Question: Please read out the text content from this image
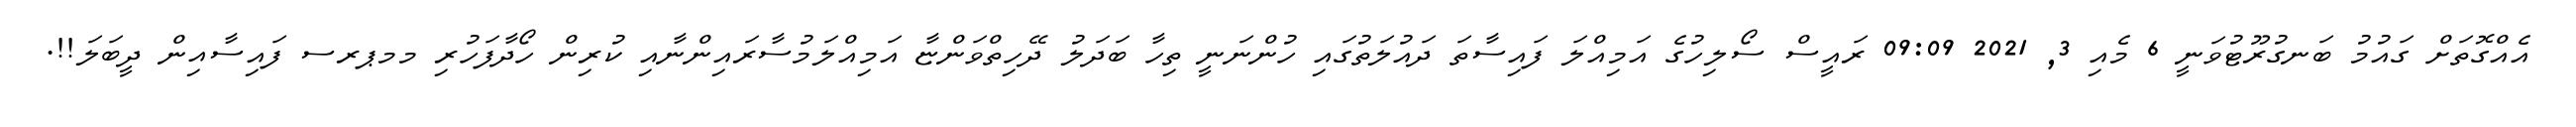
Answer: އެއްގޮތަށް ގައުމު ބަނގުރޫޓުވަނީ 6 މެއި 3, 2021 09:09 ރައީސް ސޯލިހުގެ އަމިއްލަ ފައިސާތަ ދައުލަތުގައި ހުންނަނީ ތިހާ ބަދަލު ދޭހިތްވަންޏާ އަމިއްލަމުސާރައިންނާއި ކުރިން ހޯދާފަހުރި މމޕރސ ފައިސާއިން ދީބަލަ!!.